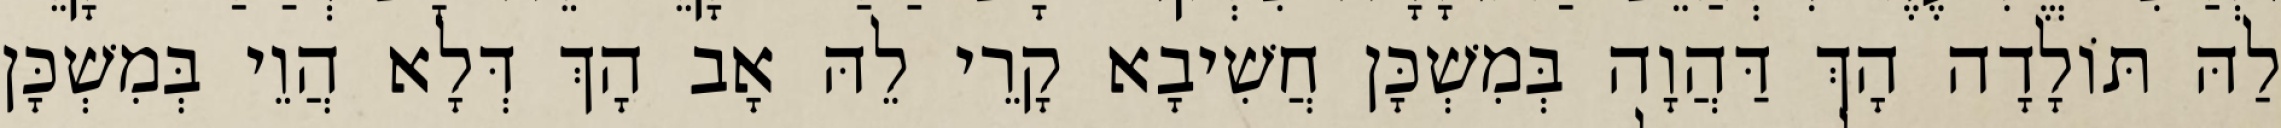
לַהּ תּוֹלָדָה הָךְ דַּהֲוָה בְּמִשְׁכָּן חֲשִׁיבָא קָרֵי לֵהּ אָב הָךְ דְּלָא הֲוֵי בְּמִשְׁכָּן